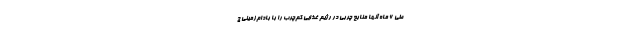
طی ۶ ماه آنها منابع چربی در رژیم غذایی کم‌چرب را با بادام‌زمینی ج